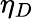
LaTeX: \eta_{D}